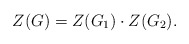
\begin{align*} Z(G)=Z(G_1)\cdot Z(G_2).\end{align*}